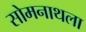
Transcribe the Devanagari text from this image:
सोमनाथला